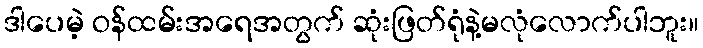
ဒါပေမဲ့ ဝန်ထမ်းအရေအတွက် ဆုံးဖြတ်ရုံနဲ့မလုံလောက်ပါဘူး။